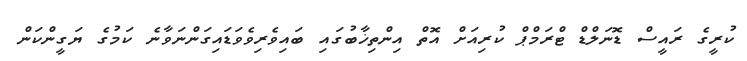
ކުރީގެ ރައީސް ޑޮނަލްޑް ޓްރަމްޕް ކުރިއަށް އޮތް އިންތިޚާބުގައި ބައިވެރިވެވަޑައިގަންނަވާނެ ކަމުގެ ޔަގީންކަން